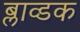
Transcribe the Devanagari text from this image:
ब्लाव्डक